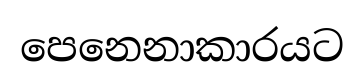
පෙනෙනාකාරයට